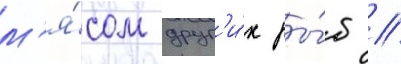
м'я́сом друг'и́х ры́б //